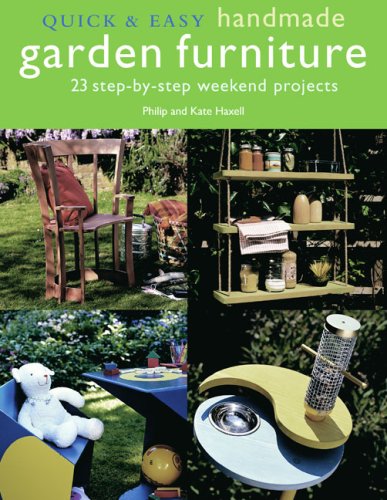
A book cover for Quick & Easy Handmade Garden Furniture (Quick & Easy (Cico Books)); Philip Haxell; Crafts, Hobbies & Home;